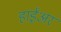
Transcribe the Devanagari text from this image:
हाईअर